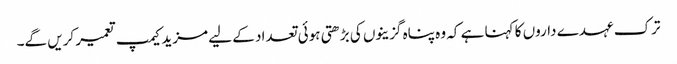
ترک عہدے داروں کا کہنا ہے کہ وہ پناہ گزینوں کی بڑھتی ہوئی تعداد کے لیے مزید کیمپ تعمیر کریں گے۔